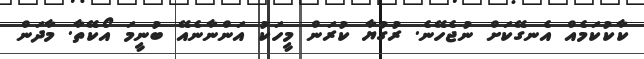
ކާކުކަމެއް އެނގޭކަށް ނުޖެހޭނެ. ރުގުޔާ ކުރަން މީހަކު އަންނާނެއޭ ބުނީމަ އޯކޭތާ. މާދަން